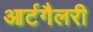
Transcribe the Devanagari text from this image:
आर्टगैलरी